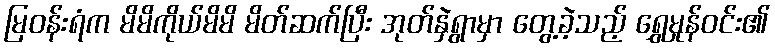
မြဝန်းရံက မိမိကိုယ်မိမိ မိတ်ဆက်ပြီး အုတ်နှဲရွာမှာ တွေ့ခဲ့သည့် ရွှေမှုန်ဝင်း၏